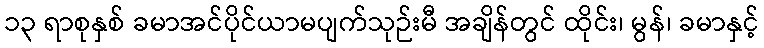
၁၃ ရာစုနှစ် ခမာအင်ပိုင်ယာမပျက်သုဉ်းမီ အချိန်တွင် ထိုင်း၊ မွန်၊ ခမာနှင့်